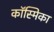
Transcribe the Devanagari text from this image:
कॉस्मिका